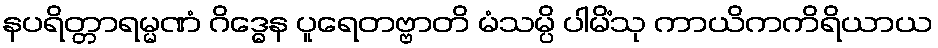
နပရိတ္တာရမ္မဏံ ဂိဒ္ဓေန ပူရေတဗ္ဗာတိ မံသမ္ပိ ပါမိံသု ကာယိကကိရိယာယ